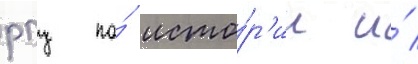
рпц по́ исто́р'ии и́